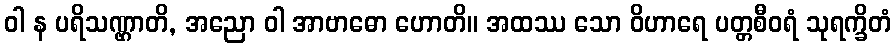
ဝါ န ပရိသဏ္ဌာတိ, အညော ဝါ အာဗာဓော ဟောတိ။ အထဿ သော ဝိဟာရေ ပတ္တစီဝရံ သုရက္ခိတံ